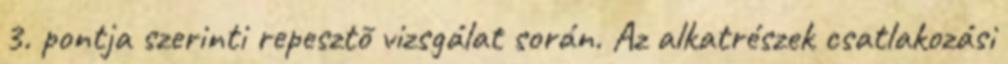
3. pontja szerinti repesztõ vizsgálat során. Az alkatrészek csatlakozási